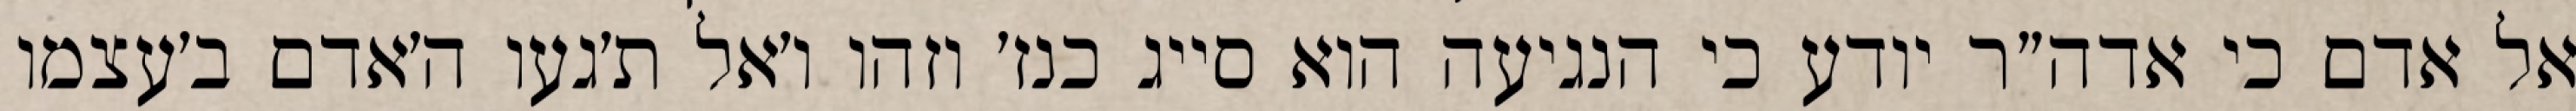
אל אדם כי אדה״ר יודע כי הנגיעה הוא סייג כנז׳ וזהו ו׳אל ת׳געו ה׳אדם ב׳עצמו